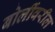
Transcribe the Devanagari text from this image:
बोलींवरील